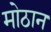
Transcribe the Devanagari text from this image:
मोठान